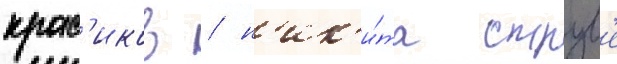
крас'иков / н'ик'и́та струв'е